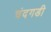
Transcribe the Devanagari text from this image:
चंंदगडी